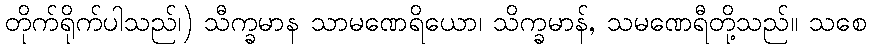
တိုက်ရိုက်ပါသည်၊) သီက္ခမာန သာမဏေရိယော၊ သိက္ခမာန်, သမဏေရီတို့သည်။ သစေ